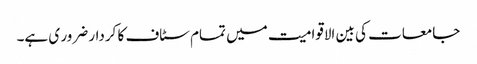
جامعات کی بین الاقوامیت میں تمام سٹاف کا کردار ضرور ی ہے۔